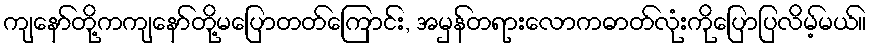
ကျနော်တို့ကကျနော်တို့မပြောတတ်ကြောင်း, အမှန်တရားလောကဓာတ်လုံးကိုပြောပြလိမ့်မယ်။